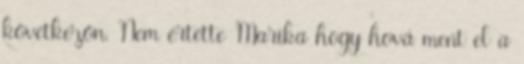
következőn. Nem értette Marika hogy hová ment el a